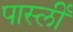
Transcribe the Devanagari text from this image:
पार्स्ली